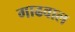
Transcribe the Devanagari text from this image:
गाढवाल